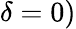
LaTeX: \delta=0)